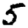
Digit: 5